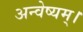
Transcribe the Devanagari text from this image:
अन्वेष्यम्।